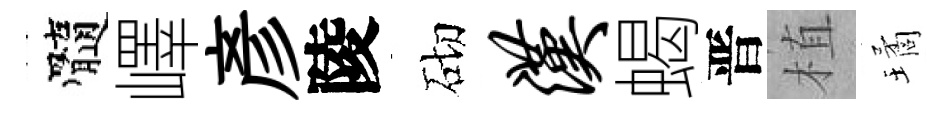
髓嶧彥陵砌汉蝎晋植璚